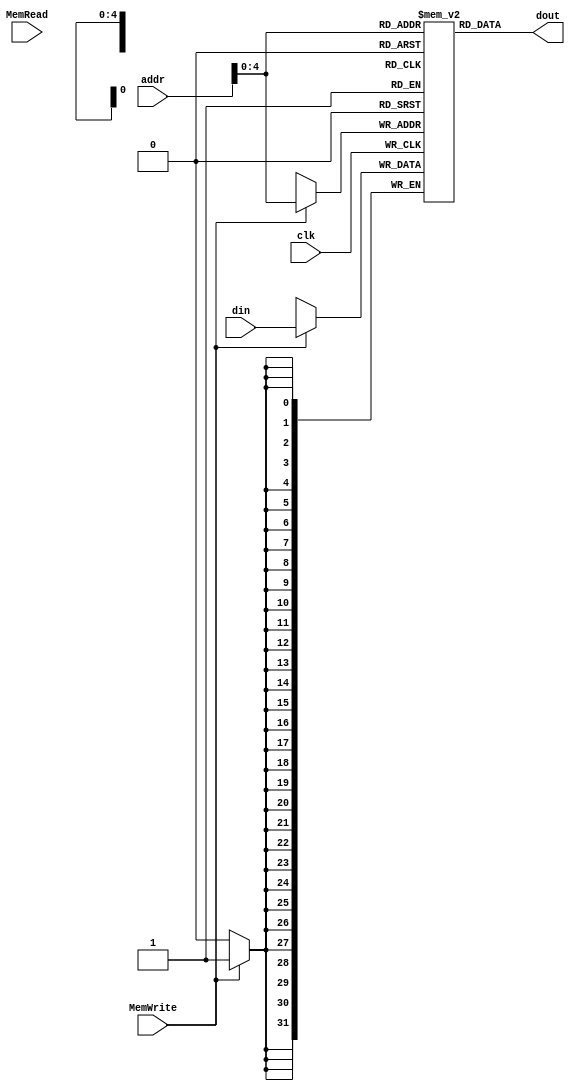
module DM(
  input clk,
  input [31:0] din, //data to write back
  input MemWrite,
  input MemRead,
  input [31:0] addr,  //address to write back to
  
  output [31:0] dout //data to read
  );
  
  reg[31:0] mem[31:0];
  integer i;
  
  initial
  begin
    for(i=0; i<32; i=i+1)
      mem[i] = 32'b0;
  end
  
  /*write back data*/
  always@(posedge clk)
  begin
    if(MemWrite)
      mem[addr] <= din;
  end
  
  /*read data*/
  assign dout = mem[addr];
    
endmodule